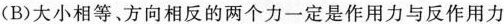
(B)大小相等、方向相反的两个力一定是作用力与反作用力